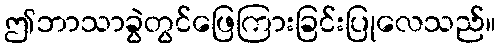
ဤဘာသာခွဲတွင်ဖြေကြားခြင်းပြုလေသည်။